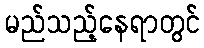
မည်သည့်နေရာတွင်